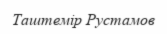
Таштемір Рустамов